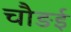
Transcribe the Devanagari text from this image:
चौङई